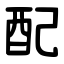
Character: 配